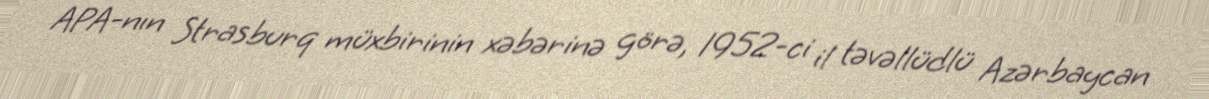
APA-nın Strasburq müxbirinin xəbərinə görə, 1952-ci il təvəllüdlü Azərbaycan